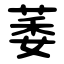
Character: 萎